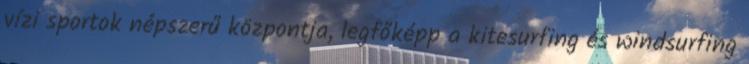
vízi sportok népszerű központja, legfőképp a kitesurfing és windsurfing